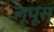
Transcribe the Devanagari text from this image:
लूपूस्